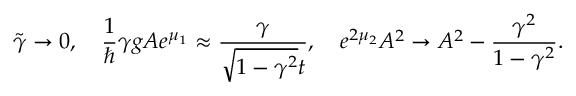
\tilde { \gamma } \rightarrow 0 , \quad \frac { 1 } { \hslash } \gamma g A e ^ { \mu _ { 1 } } \approx \frac { \gamma } { \sqrt { 1 - \gamma ^ { 2 } } t } , \quad e ^ { 2 \mu _ { 2 } } A ^ { 2 } \rightarrow A ^ { 2 } - \frac { \gamma ^ { 2 } } { 1 - \gamma ^ { 2 } } .